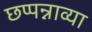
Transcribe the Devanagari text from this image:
छप्पन्नाव्या